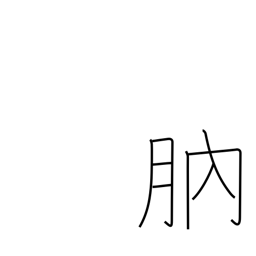
Meaning: new moon